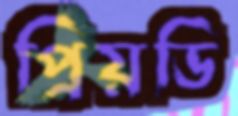
প্রিয়ডি